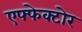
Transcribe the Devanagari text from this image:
एफ्फेक्टोर